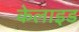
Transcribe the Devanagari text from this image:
केलाइड